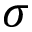
\sigma